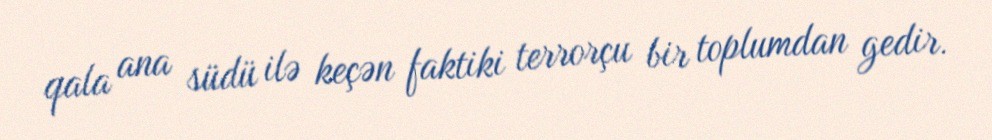
qala ana südü ilə keçən faktiki terrorçu bir toplumdan gedir.